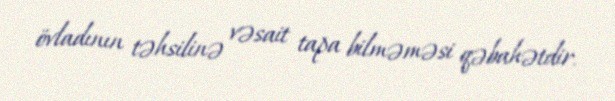
övladının təhsilinə vəsait tapa bilməməsi qəbahətdir.